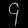
Digit: ၄